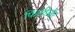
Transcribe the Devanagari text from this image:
फिलीमोर